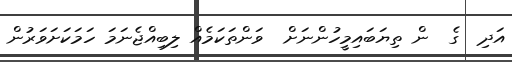
އަދި  ގެ  ން ތިޔަބައިމީހުންނަށް  ވަންތަކަމެއް ލިބިއްޖެނަމަ ހަމަކަށަވަރުން